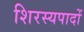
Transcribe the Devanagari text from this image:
शिरस्यपादों